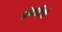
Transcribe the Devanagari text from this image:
प्रोबाटियो